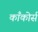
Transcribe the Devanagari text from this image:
काँकोर्स